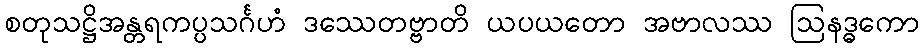
စတုသဋ္ဌိအန္တရကပ္ပသင်္ဂဟံ ဒဿေတဗ္ဗာတိ ယပယတော အဗာလဿ ဩနဒ္ဓကော